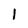
Character: 1